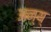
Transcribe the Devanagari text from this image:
अन्य्